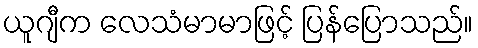
ယူဂျီက လေသံမာမာဖြင့် ပြန်ပြောသည်။